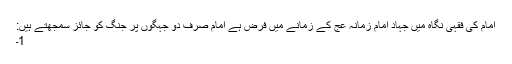
امام کی فقہی نگاہ میں جہاد امام زمانہ عج کے زمانے میں فرض ہے امام صرف دو جہگوں پر جنگ کو جائز سمجھتے ہیں:
1۔